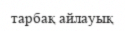
тарбақ айлауық